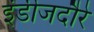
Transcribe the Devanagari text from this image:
इंडीजदौरे